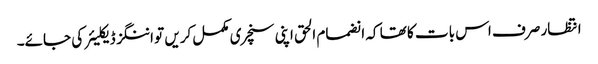
انتظار صرف اس بات کا تھا کہ انضمام الحق اپنی سنچری مکمل کریں تو اننگز ڈیکلیئر کی جائے۔